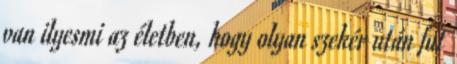
van ilyesmi az életben, hogy olyan szekér után fut